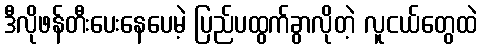
ဒီလိုဖန်တီးပေးနေပေမဲ့ ပြည်ပထွက်ခွာလိုတဲ့ လူငယ်တွေထဲ